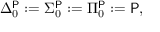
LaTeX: \Delta _ { 0 } ^ { \mathsf { P } } : = \Sigma _ { 0 } ^ { \mathsf { P } } : = \Pi _ { 0 } ^ { \mathsf { P } } : = { \mathsf { P } } ,